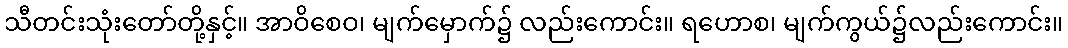
သီတင်းသုံးတော်တို့နှင့်။ အာဝိစေဝ၊ မျက်မှောက်၌ လည်းကောင်း။ ရဟောစ၊ မျက်ကွယ်၌လည်းကောင်း။